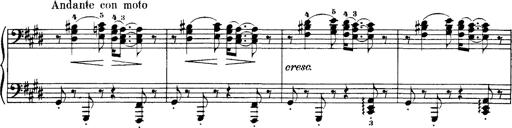
Title: Hungarian Rhapsody No.1
Composer: Franz Liszt
Key: C-sharp minor